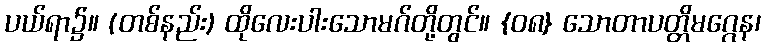
ပယ်ရာ၌။ (တစ်နည်း) ထိုလေးပါးသောမဂ်တို့တွင်။ {၀၈} သောတာပတ္တိမဂ္ဂေန၊